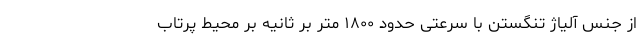
از جنس آلیاژ تنگستن با سرعتی حدود ۱۸۰۰ متر بر ثانیه بر محیط پرتاب